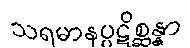
သရမာနပ္ပဋိစ္ဆန္နာ